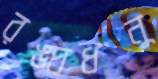
রঙ্ঘধনু